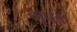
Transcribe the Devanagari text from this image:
भूषक